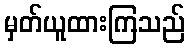
မှတ်ယူထားကြသည်